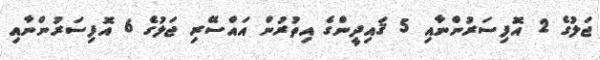
ޖަލުގެ 2 އޮފިސަރުންނާއި 5 ޤައިދީންގެ އިތުރުން އައްސޭރި ޖަލުގެ 6 އޮފިސަރުންނާއި